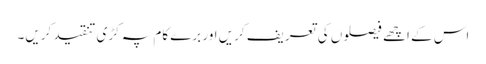
اس کے اچھے فیصلوں کی تعریف کریں اور برے کام پہ کڑی تنقید کریں۔